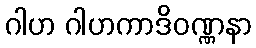
ဂါဟ ဂါဟကာဒိဝဏ္ဏနာ